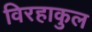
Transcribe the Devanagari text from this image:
विरहाकुल